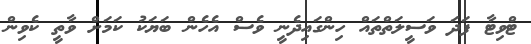
ޓްވިޓާ ފަދަ ވަސީލަތްތައް ހިންގައިދެނީ ވެސް އެހެން ބަޔަކު ކަމަށް ވާތީ ކެވިން